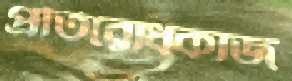
প্রতিরোধকাজ